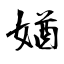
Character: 媨